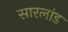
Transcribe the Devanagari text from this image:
सारलांड